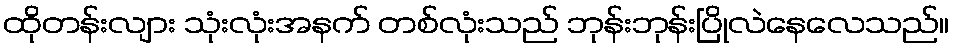
ထိုတန်းလျား သုံးလုံးအနက် တစ်လုံးသည် ဘုန်းဘုန်းပြိုလဲနေလေသည်။